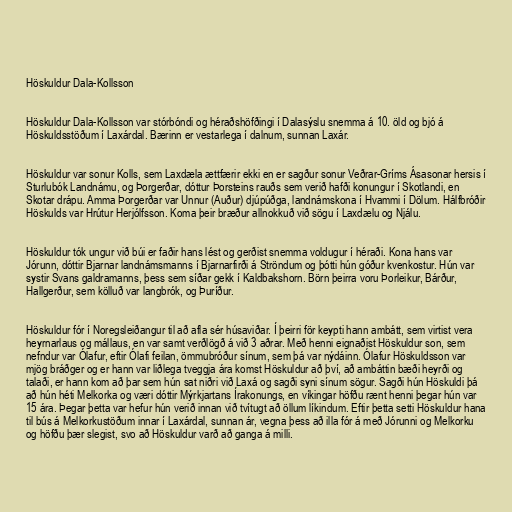
Höskuldur Dala-Kollsson

Höskuldur Dala-Kollsson var stórbóndi og héraðshöfðingi í Dalasýslu snemma á 10. öld og bjó á
Höskuldsstöðum í Laxárdal. Bærinn er vestarlega í dalnum, sunnan Laxár.

Höskuldur var sonur Kolls, sem Laxdæla ættfærir ekki en er sagður sonur Veðrar-Gríms Ásasonar hersis í
Sturlubók Landnámu, og Þorgerðar, dóttur Þorsteins rauðs sem verið hafði konungur í Skotlandi, en
Skotar drápu. Amma Þorgerðar var Unnur (Auður) djúpúðga, landnámskona í Hvammi í Dölum. Hálfbróðir
Höskulds var Hrútur Herjólfsson. Koma þeir bræður allnokkuð við sögu í Laxdælu og Njálu.

Höskuldur tók ungur við búi er faðir hans lést og gerðist snemma voldugur í héraði. Kona hans var
Jórunn, dóttir Bjarnar landnámsmanns í Bjarnarfirði á Ströndum og þótti hún góður kvenkostur. Hún var
systir Svans galdramanns, þess sem síðar gekk í Kaldbakshorn. Börn þeirra voru Þorleikur, Bárður,
Hallgerður, sem kölluð var langbrók, og Þuríður.

Höskuldur fór í Noregsleiðangur til að afla sér húsaviðar. Í þeirri för keypti hann ambátt, sem virtist vera
heyrnarlaus og mállaus, en var samt verðlögð á við 3 aðrar. Með henni eignaðist Höskuldur son, sem
nefndur var Ólafur, eftir Ólafi feilan, ömmubróður sínum, sem þá var nýdáinn. Ólafur Höskuldsson var
mjög bráðger og er hann var liðlega tveggja ára komst Höskuldur að því, að ambáttin bæði heyrði og
talaði, er hann kom að þar sem hún sat niðri við Laxá og sagði syni sínum sögur. Sagði hún Höskuldi þá
að hún héti Melkorka og væri dóttir Mýrkjartans Írakonungs, en víkingar höfðu rænt henni þegar hún var
15 ára. Þegar þetta var hefur hún verið innan við tvítugt að öllum líkindum. Eftir þetta setti Höskuldur hana
til bús á Melkorkustöðum innar í Laxárdal, sunnan ár, vegna þess að illa fór á með Jórunni og Melkorku
og höfðu þær slegist, svo að Höskuldur varð að ganga á milli.